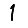
Digit: 1